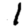
Digit: 1